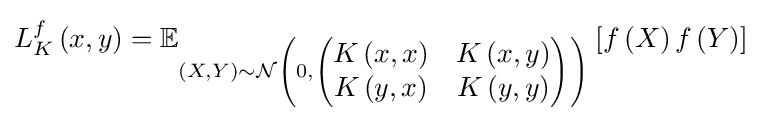
L_{K}^{f}\left(x,y\right)=\mathbb {E} _{\left(X,Y\right)\sim {\mathcal {N}}\left(0,{\begin{pmatrix}K\left(x,x\right)&K\left(x,y\right)\\K\left(y,x\right)&K\left(y,y\right)\end{pmatrix}}\right)}\left[f\left(X\right)f\left(Y\right)\right]